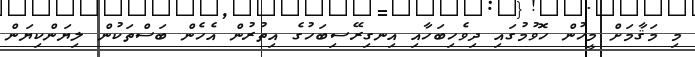
މި މަޤާމަށް މީހުން ހޮވުމުގައި ދިވެހިބަހާއި އިނގިރޭސިބަހުގެ އިތުރުން އެހެން ބަސްތަކުން ލިޔަންކިޔަން